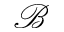
\mathcal { B }